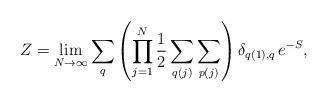
\begin{align*}Z = \lim_{N\rightarrow\infty}\sum_q \left(\prod_{j=1}^{N} \frac{1}{2}\sum_{q(j)}\sum_{p(j)} \right) \delta_{q(1),q} \, e^{-S},\end{align*}